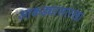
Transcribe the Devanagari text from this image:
आकड्यासारखा